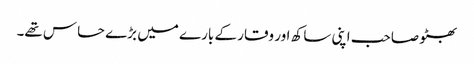
بھٹو صاحب اپنی ساکھ اور وقار کے بارے میں بڑے حساس تھے۔